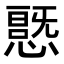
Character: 𭞦